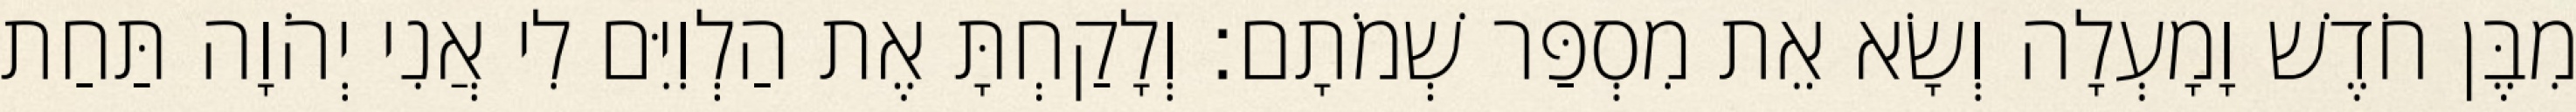
מִבֶּן חֹדֶשׁ וָמָעְלָה וְשָׂא אֵת מִסְפַּר שְׁמֹתָם׃ וְלָקַחְתָּ אֶת הַלְוִיִּם לִי אֲנִי יְהֹוָה תַּחַת